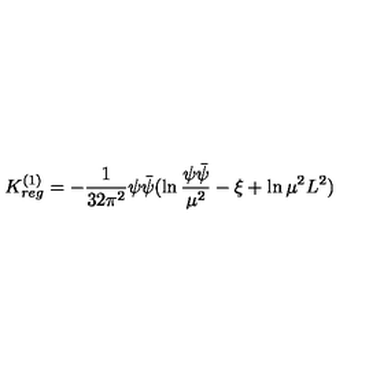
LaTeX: K _ { r e g } ^ { ( 1 ) } = - \frac { 1 } { 3 2 \pi ^ { 2 } } \psi \bar { \psi } ( \ln \frac { \psi \bar { \psi } } { \mu ^ { 2 } } - \xi + \ln \mu ^ { 2 } L ^ { 2 } )